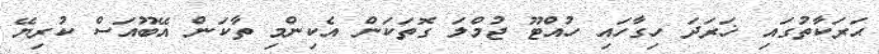
ޙަރަކާތުގައި ޚަރަދަ ހިގާހައި ހުއްޓޫ ޖުމްލަ ގޮތަކަން އެކިންމި ތާކަން އޭބޫއަސް ކުރިޔޭ